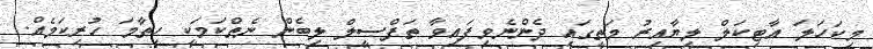
މިކަހަލަ އާޓިކަލް ލިޔާއިރު މަތީގައި ދެންނެވިފައިވާ ތަފްޞީލް ލިބެން ނެތްކަމަކީ ހިތާމަ ހުރިކަމެއް.